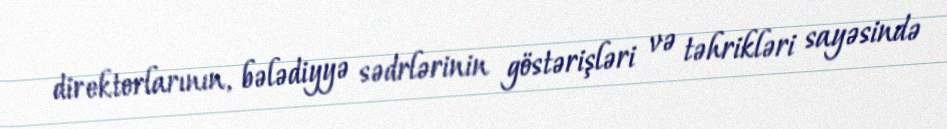
direktorlarının, bələdiyyə sədrlərinin göstərişləri və təhrikləri sayəsində